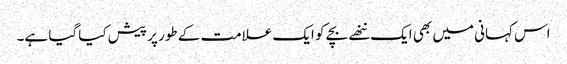
اس کہانی میں بھی ایک ننھے بچے کو ایک علامت کے طور پر پیش کیا گیا ہے۔